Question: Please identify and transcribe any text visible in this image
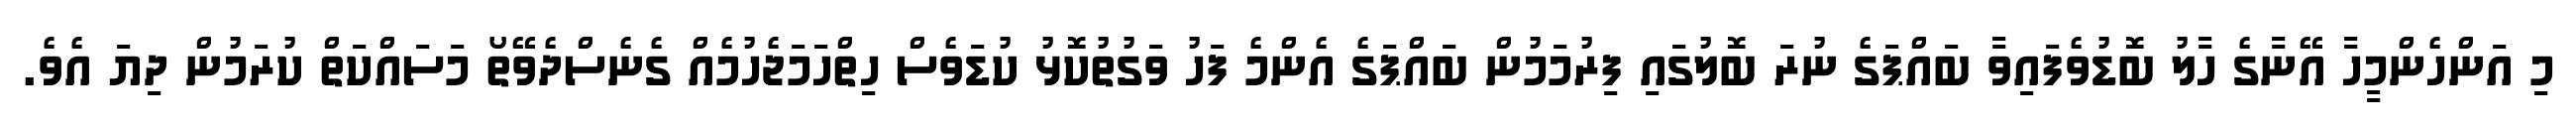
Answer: މި އަންހެންމީހާ އޭނާގެ ހާލު ބޮޑުވެފައިވާ ބައްޕަގެ ނުރަ ބޮލުގައި ފިރުމަމުން ބައްޕަގެ އެންމެ ފަހު ވަގުތުކޮޅު ކުޑަވެސް ހިތްހަމަޖެހުމެއް ގެނެސްދެވޭތޯ މަސައްކަތް ކުރަމުން ދިޔަ އެވެ.